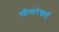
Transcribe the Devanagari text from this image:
सीमारेखाएँ